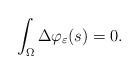
LaTeX: \begin{align*} \int_{\Omega} \Delta \varphi_{\varepsilon}(s) =0.\end{align*}